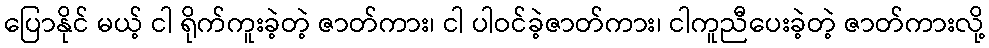
ပြောနိုင် မယ့် ငါ ရိုက်ကူးခဲ့တဲ့ ဇာတ်ကား၊ ငါ ပါဝင်ခဲ့ဇာတ်ကား၊ ငါကူညီပေးခဲ့တဲ့ ဇာတ်ကားလို့